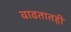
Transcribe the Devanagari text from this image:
वाढतातही